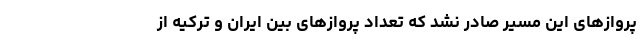
پروازهای این مسیر صادر نشد که تعداد پروازهای بین ایران و ترکیه از